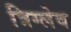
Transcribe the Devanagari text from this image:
त्रिग्लेव